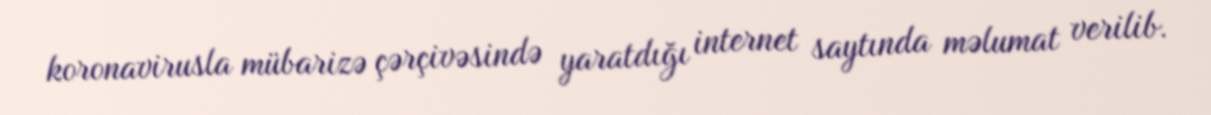
koronavirusla mübarizə çərçivəsində yaratdığı internet saytında məlumat verilib.